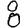
Digit: 8